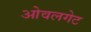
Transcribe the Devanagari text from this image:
ओवलगेट